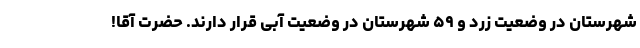
شهرستان در وضعیت زرد و ۵۹ شهرستان در وضعیت آبی قرار دارند. حضرت آقا!